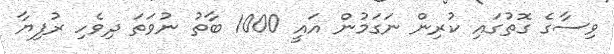
ވިސާގެ ގޮތުގައި ކުރިން ނަގަމުން އައީ 1000 ބާތު ނުވަތަ ދިވެހި ރުފިޔާ